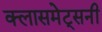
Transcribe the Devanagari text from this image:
क्लासमेट्सनी